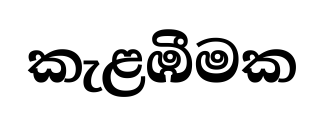
කැළඹීමක